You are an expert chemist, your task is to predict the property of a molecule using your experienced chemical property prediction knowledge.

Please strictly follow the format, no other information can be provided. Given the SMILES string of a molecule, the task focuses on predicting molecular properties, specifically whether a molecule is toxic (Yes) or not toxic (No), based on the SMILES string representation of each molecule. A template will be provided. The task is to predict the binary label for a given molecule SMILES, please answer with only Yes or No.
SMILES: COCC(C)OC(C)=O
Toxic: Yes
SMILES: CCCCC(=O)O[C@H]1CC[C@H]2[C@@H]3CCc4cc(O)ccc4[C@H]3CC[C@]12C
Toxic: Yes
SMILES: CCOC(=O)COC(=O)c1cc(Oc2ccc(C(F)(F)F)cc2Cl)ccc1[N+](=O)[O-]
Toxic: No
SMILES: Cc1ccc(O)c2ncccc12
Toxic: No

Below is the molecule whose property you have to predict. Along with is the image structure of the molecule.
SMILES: CCCCCCCCCCCCCCCCCCO
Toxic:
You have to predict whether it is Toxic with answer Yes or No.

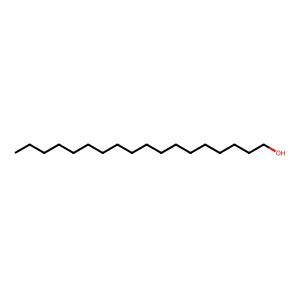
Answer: No